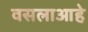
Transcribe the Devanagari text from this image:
वसलाआहे